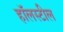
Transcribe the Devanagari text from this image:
हॉलस्टील